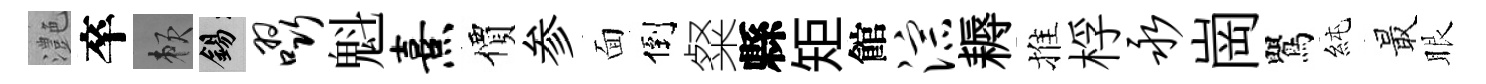
灔卒賴錫啜魁熹價参面倒粲縣矩館淙耨推桴永崗鸎純最眼